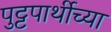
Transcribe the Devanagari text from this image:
पुट्टपार्थीच्या